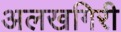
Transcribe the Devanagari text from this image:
अलखगिरी